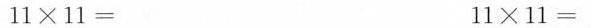
$$1 1 \times 1 1 =$$ $$1 1 \times 1 1 =$$